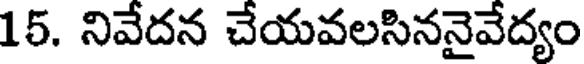
15. నివేదన చేయవలసిననైవేద్యం